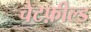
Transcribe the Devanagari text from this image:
चेटफ़ील्ड